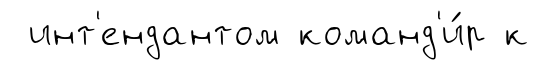
инт'ендантом команд'и́р к